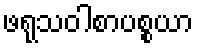
ဖရုသဝါစာပစ္စယာ